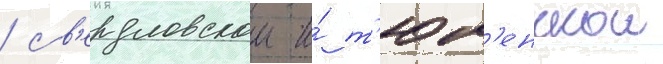
/ св'ердловскои и́ т'юм'енскои